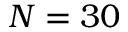
N = 3 0